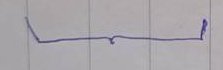
}